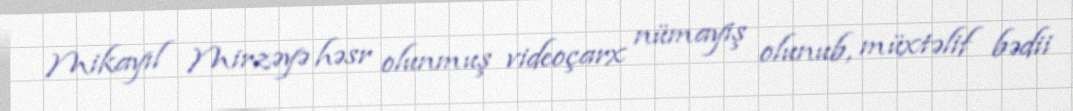
Mikayıl Mirzəyə həsr olunmuş videoçarx nümayiş olunub, müxtəlif bədii